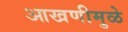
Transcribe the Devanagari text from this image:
आखणीमुळे